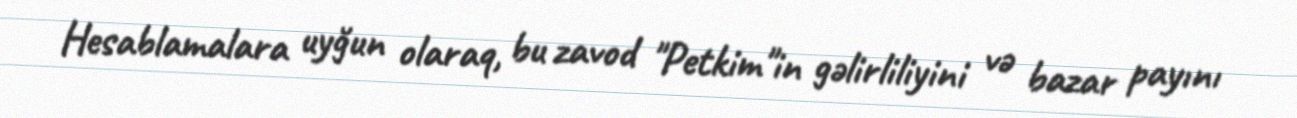
Hesablamalara uyğun olaraq, bu zavod "Petkim"in gəlirliliyini və bazar payını